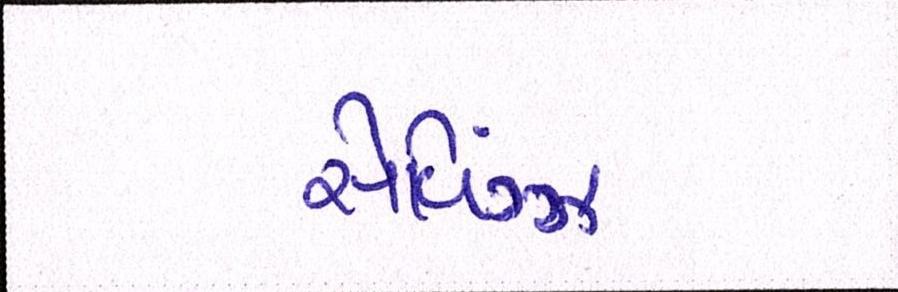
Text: સેવિંગ્ઝ